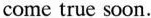
come true soon.